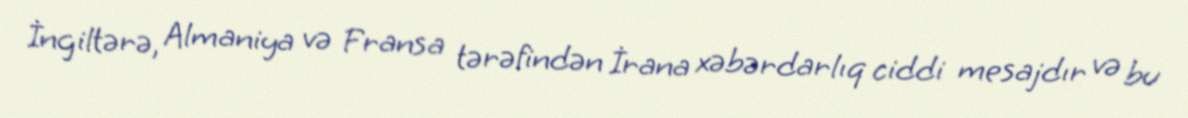
İngiltərə, Almaniya və Fransa tərəfindən İrana xəbərdarlıq ciddi mesajdır və bu